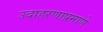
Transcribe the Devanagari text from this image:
उदाहरणाप्रमाणे